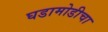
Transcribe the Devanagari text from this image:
घडामोडीचा